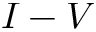
I - V